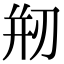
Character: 剏